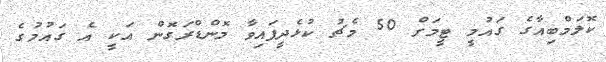
ކޮލަމްބިއާގެ ގައުމީ ޓީމަށް 50 މެޗު ކުޅެދީފައިވާ މޮންޑްރަގޮން އަކީ އެ ގައުމުގެ